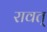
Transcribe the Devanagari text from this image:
रावत्